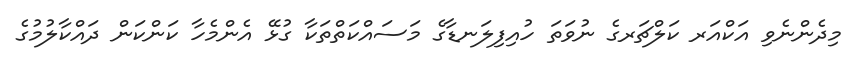
މިދެންނެވި އަކްއަރ ކަލްޗަރގެ ނުވަތަ ހުއިފިލަނޑާގެ މަސައްކަތްތަކާ ގުޅޭ އެންމެހާ ކަންކަން ދައްކާލުމުގެ